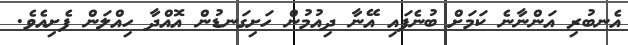
އެނބުރި އަންނާނެ ކަމަށް ބުނެފައި އޭނާ ދިއުމުން ހަށިގަނޑުން އޮއްދާ ހިއްލަން ފެށިއެވެ.